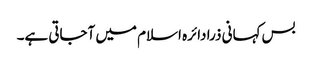
بس کہانی ذرا دائرہ اسلام میں آجاتی ہے۔